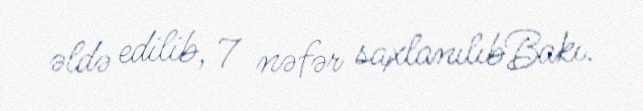
əldə edilib, 7 nəfər saxlanılıbBakı.